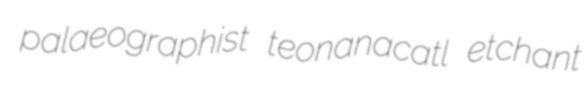
palaeographist teonanacatl etchant